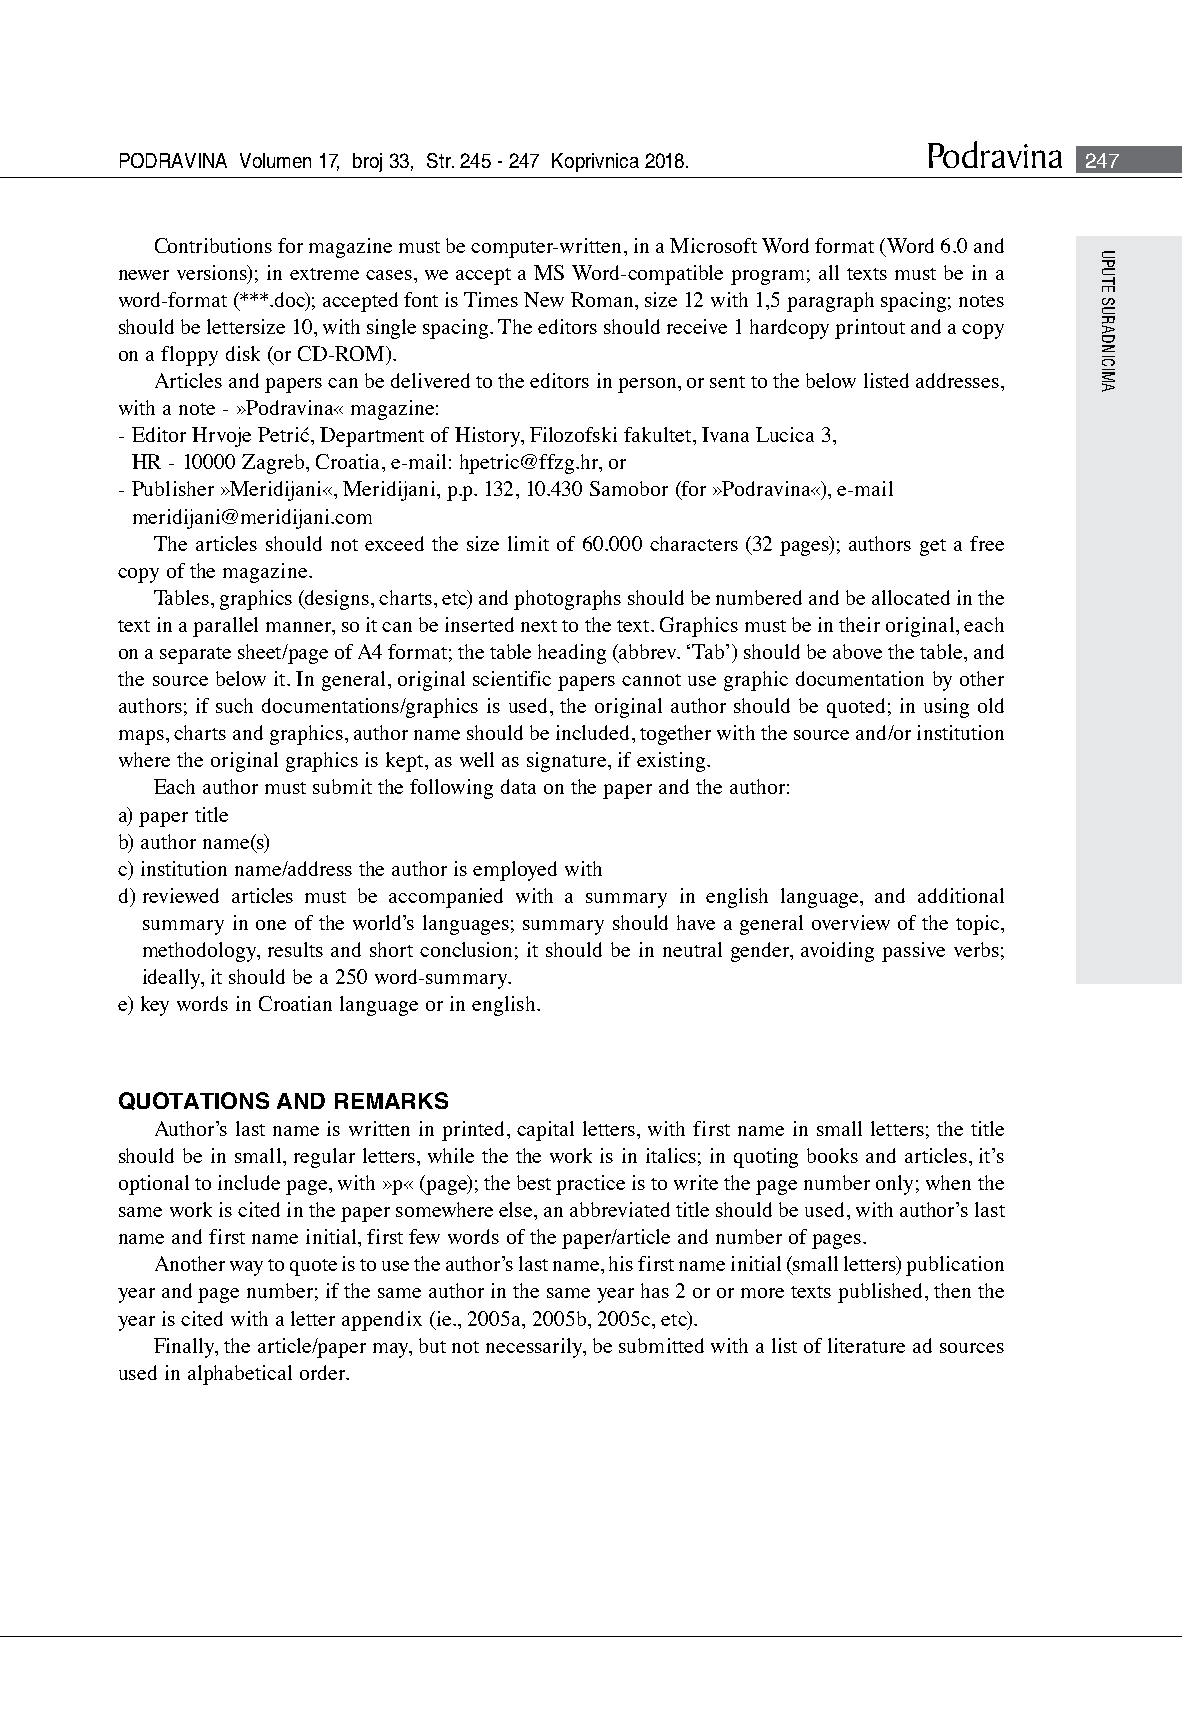
Podravina
 PODRAVINA Volumen 17, broj 33, Str. 245 - 247 Koprivnica 2018.  247
 Contributions for magazine must be computer-written, in a Microsoft Word format (Word 6.0 and
 newer versions); in extreme cases, we accept a MS Word-compatible program; all texts must be in a
 word-format (***.doc); accepted font is Times New Roman, size 12 with 1,5 paragraph spacing; notes
 should be lettersize 10, with single spacing. The editors should receive 1 hardcopy printout and a copy
 on a floppy disk (or CD-ROM).
 Articles and papers can be delivered to the editors in person, or sent to the below listed addresses,
 with a note - »Podravina« magazine:
 - Editor Hrvoje Petrić, Department of History, Filozofski fakultet, Ivana Lucica 3,
 HR - 10000 Zagreb, Croatia, e-mail: hpetric@ffzg.hr, or
 - Publisher »Meridijani«, Meridijani, p.p. 132, 10.430 Samobor (for »Podravina«), e-mail
 meridijani@meridijani.com
 The articles should not exceed the size limit of 60.000 characters (32 pages); authors get a free
 copy of the magazine.
 Tables, graphics (designs, charts, etc) and photographs should be numbered and be allocated in the
 text in a parallel manner, so it can be inserted next to the text. Graphics must be in their original, each
 on a separate sheet/page of A4 format; the table heading (abbrev. ‘Tab’) should be above the table, and
 the source below it. In general, original scientific papers cannot use graphic documentation by other
 authors; if such documentations/graphics is used, the original author should be quoted; in using old
 maps, charts and graphics, author name should be included, together with the source and/or institution
 where the original graphics is kept, as well as signature, if existing.
 Each author must submit the following data on the paper and the author:
 a) paper title
 b) author name(s)
 c) institution name/address the author is employed with
 d) reviewed articles must be accompanied with a summary in english language, and additional
 summary in one of the world’s languages; summary should have a general overview of the topic,
 methodology, results and short conclusion; it should be in neutral gender, avoiding passive verbs;
 ideally, it should be a 250 word-summary.
 e) key words in Croatian language or in english.
 QUOTATIONS AND REMARKS
 Author’s last name is written in printed, capital letters, with first name in small letters; the title
 should be in small, regular letters, while the the work is in italics; in quoting books and articles, it’s
 optional to include page, with »p« (page); the best practice is to write the page number only; when the
 same work is cited in the paper somewhere else, an abbreviated title should be used, with author’s last
 name and first name initial, first few words of the paper/article and number of pages.
 Another way to quote is to use the author’s last name, his first name initial (small letters) publication
 year and page number; if the same author in the same year has 2 or or more texts published, then the
 year is cited with a letter appendix (ie., 2005a, 2005b, 2005c, etc).
 Finally, the article/paper may, but not necessarily, be submitted with a list of literature ad sources
 used in alphabetical order.
 UPUTE
 SURADNICIMA